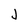
Character: J